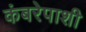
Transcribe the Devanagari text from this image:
कंबरेपाशी